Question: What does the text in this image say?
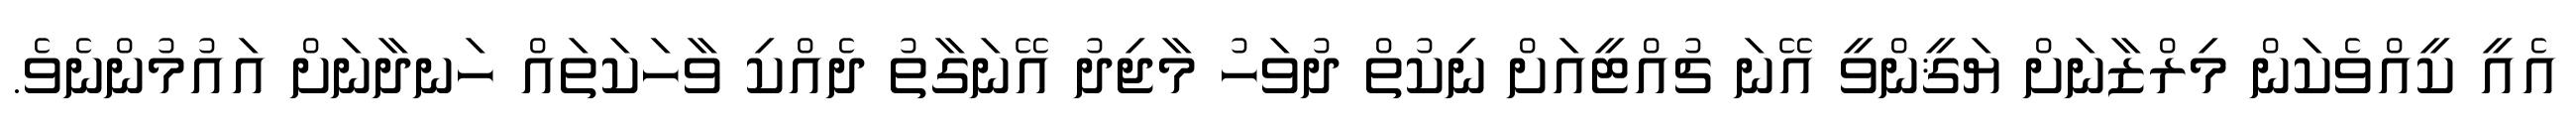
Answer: އެއީ ކީއްވެކަން މިރްޒާނަށް ޔަޤީންވީ އޭނަ ޗުއްޓީއަށް ނިކުތް ދުވަހު މާޖިދު އޭނަގާތު ދެއްކި ވާހަކަތައް ހަނދާނަށް އައުމުންނެވެ.